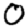
Digit: 0